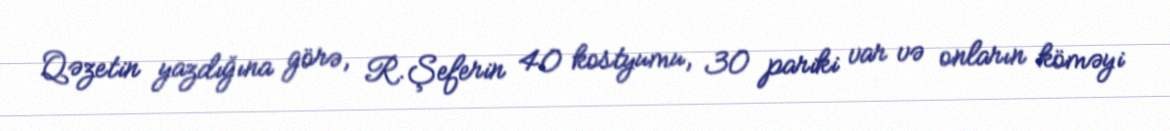
Qəzetin yazdığına görə, R.Şeferin 40 kostyumu, 30 pariki var və onların köməyi